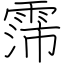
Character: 霈